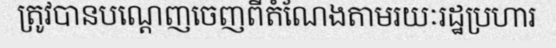
ត្រូវបានបណ្តេញចេញពីតំណែងតាមរយៈរដ្ឋប្រហារ